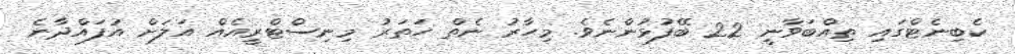
ކެބިނެޓްގައި ތިއްބަވާނީ 22 ބޭފުޅުންނެވެ. މިހާރު ނެތް ހަތަރު މިނިސްޓްރީއެއް އަލަށް އުފައްދާނެ